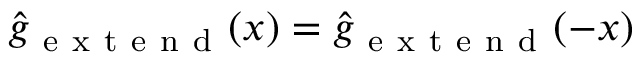
\widehat { g } _ { \mathrm { ~ e ~ x ~ t ~ e ~ n ~ d ~ } } ( x ) = \widehat { g } _ { \mathrm { ~ e ~ x ~ t ~ e ~ n ~ d ~ } } ( - x )